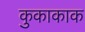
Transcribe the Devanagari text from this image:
कुकाकाक